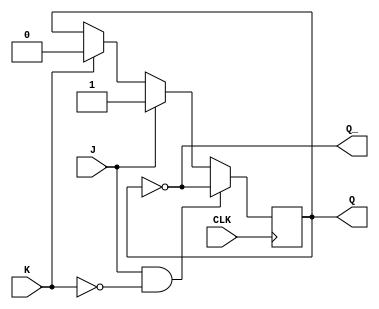
module jk_flip_flop(
    input J, K, CLK,
    output reg Q, Q_
);

always @(posedge CLK) begin
    if (J & !K)    // Toggle
        Q <= ~Q;
    else if (J)    // Set
        Q <= 1'b1;
    else if (K)    // Reset
        Q <= 1'b0;
end

assign Q_ = ~Q;

endmodule